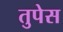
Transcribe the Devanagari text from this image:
तुपेस